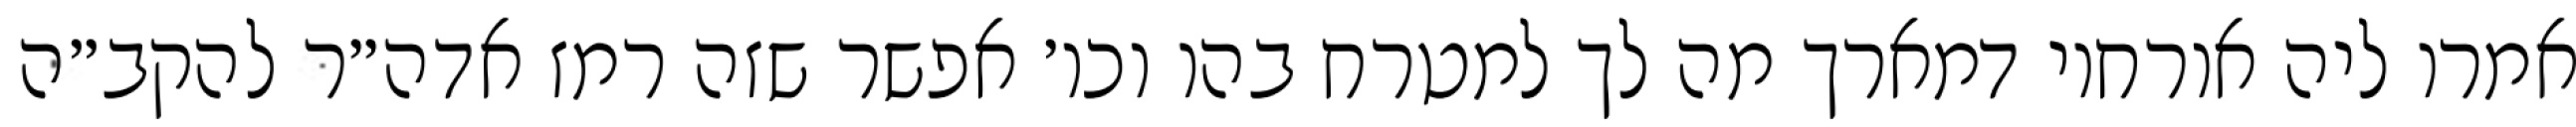
אמרו ליה אורחוי דמארך מה לך למטרח בהו וכו׳ אפשר שזה רמז אדה״ר להקב״ה